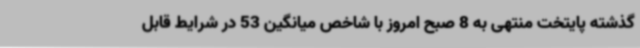
گذشته پایتخت منتهی به 8 صبح امروز با شاخص میانگین 53 در شرایط قابل